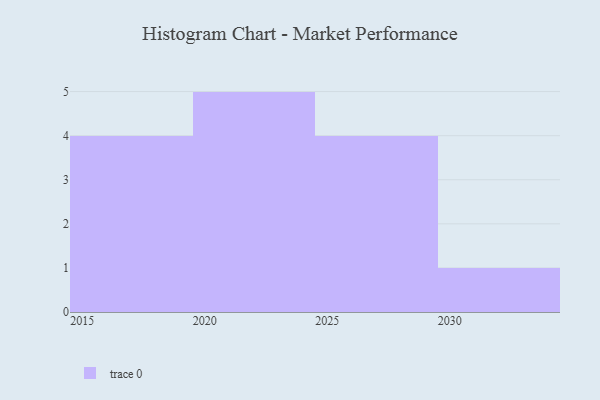
{"axis": {"x": "Year", "y": "Headcount"}, "legend": [""], "data": [{"x": "2026", "y": 2, "type": ""}, {"x": "2015", "y": 64, "type": ""}, {"x": "2029", "y": 9, "type": ""}, {"x": "2030", "y": 84, "type": ""}, {"x": "2021", "y": 24, "type": ""}, {"x": "2019", "y": 9, "type": ""}, {"x": "2024", "y": 56, "type": ""}, {"x": "2017", "y": 59, "type": ""}, {"x": "2022", "y": 15, "type": ""}, {"x": "2027", "y": 21, "type": ""}, {"x": "2016", "y": 47, "type": ""}, {"x": "2020", "y": 68, "type": ""}, {"x": "2025", "y": 71, "type": ""}, {"x": "2023", "y": 77, "type": ""}]}